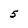
Character: 5